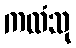
ကထံသု